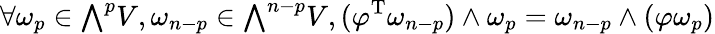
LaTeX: \forall\omega_{p}\in{\textstyle\bigwedge}^{p}V,\omega_{n-p}\in{\textstyle\bigwedge}^{n-p}V,(\varphi^{\mathrm{T}}\omega_{n-p})\wedge\omega_{p}=\omega_{n-p}\wedge(\varphi\omega_{p})